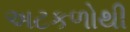
અટકળોથી